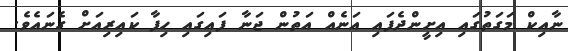
ނާއިކް މަގަތުގައި އިށީންދެފައި އަނެއް އަތުން ޖަނާ ފައިގައި ހިފާ ކައިރިއަށް ގެނައެވެ.